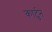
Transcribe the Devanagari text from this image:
कार्टुन